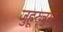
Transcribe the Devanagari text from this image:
जुहूरुन्नुसा